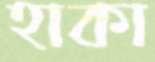
হাকা